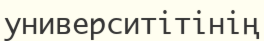
университітінің